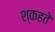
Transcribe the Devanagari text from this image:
श्कहते